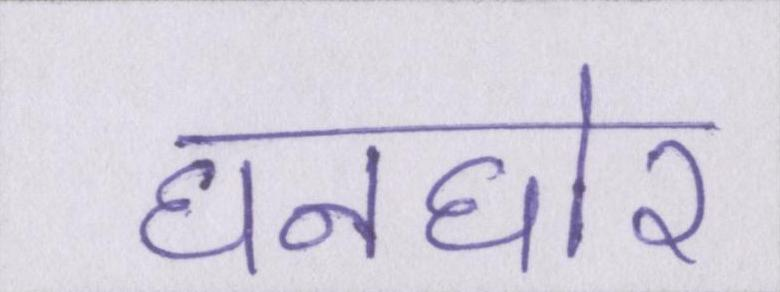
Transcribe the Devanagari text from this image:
घनघोर